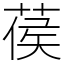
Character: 葔